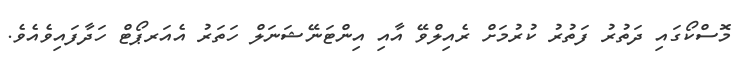
މޮސްކޯގައި ދަތުރު ފަތުރު ކުރުމަށް ރެއިލްވޭ އާއި އިންޓަނޭޝަނަލް ހަތަރު އެއަރޕޯޓް ހަދާފައިވެއެވެ.